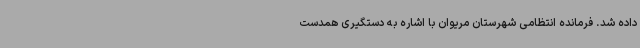
داده شد. فرمانده انتظامی شهرستان مریوان با اشاره به دستگیری همدست